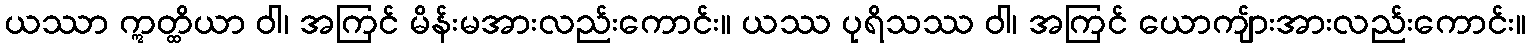
ယဿာ ဣတ္ထိယာ ဝါ၊ အကြင် မိန်းမအားလည်းကောင်း။ ယဿ ပုရိသဿ ဝါ၊ အကြင် ယောကျ်ားအားလည်းကောင်း။